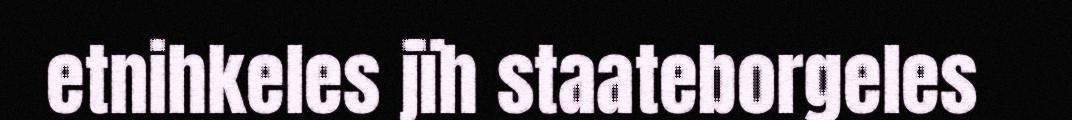
etnihkeles jïh staateborgeles